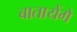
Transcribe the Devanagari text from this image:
बातायेंगे